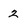
Character: 2